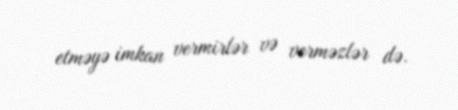
etməyə imkan vermirlər və verməzlər də.